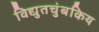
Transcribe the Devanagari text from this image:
विद्युतचुंबकिय